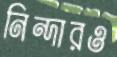
নিন্দারও